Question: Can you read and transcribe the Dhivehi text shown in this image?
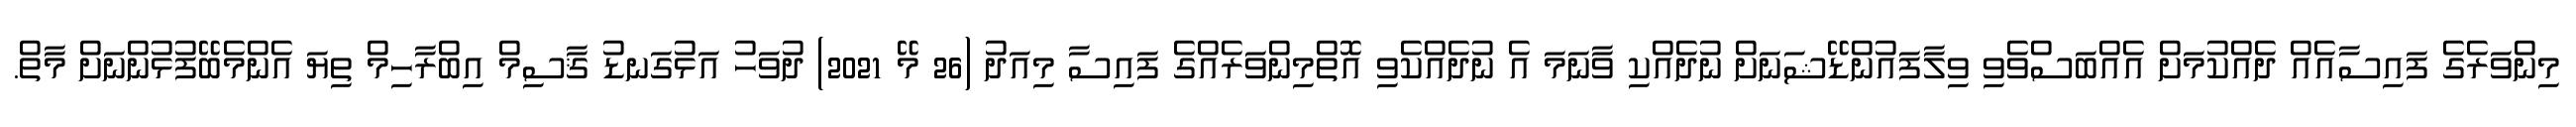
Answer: މިންވަރެގެ ފައިސާއެއް ދެއްކުމަށް އެއްބަސްވެވި ވިލާފައުންޑޭޝަނަށް ނުދެއްކި ވާނަމަ އެ ނުދެއްކެވި އޮތްމިންވަރެއްގެ ފައިސާ މިއަދު (26 މޭ 2021) ދުވަހު އަޅުގަނޑު ޤާސިމް އިބްރާހިމް ތިޔަ އެންމެބޭފުޅުންނަށް މާތް.